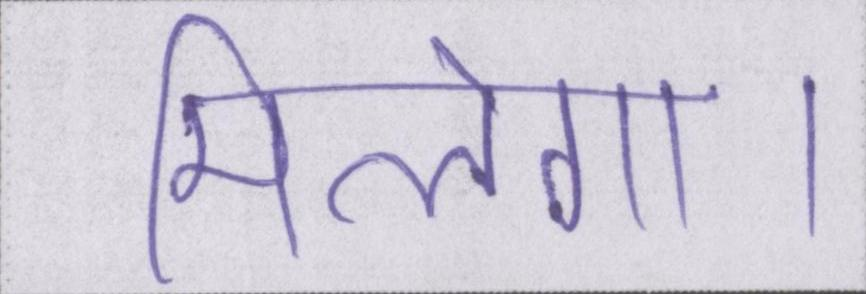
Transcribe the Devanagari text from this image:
मिलेगा।